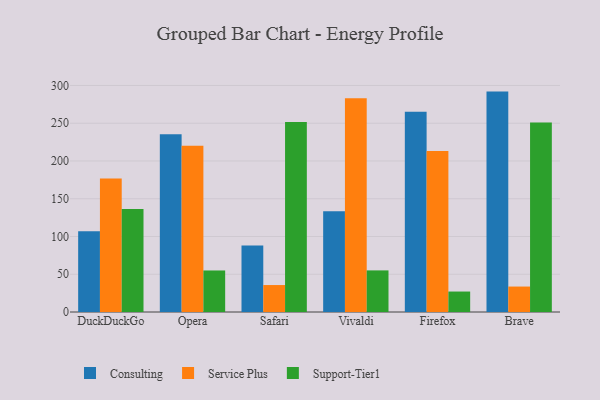
{"axis": {"x": "Browser", "y": "Conversion Rate (%)"}, "legend": ["Consulting", "Service Plus", "Support-Tier1"], "data": [{"x": "DuckDuckGo", "y": 107.0, "type": "Consulting"}, {"x": "DuckDuckGo", "y": 176.8, "type": "Service Plus"}, {"x": "DuckDuckGo", "y": 136.3, "type": "Support-Tier1"}, {"x": "Opera", "y": 235.3, "type": "Consulting"}, {"x": "Opera", "y": 220.3, "type": "Service Plus"}, {"x": "Opera", "y": 55.0, "type": "Support-Tier1"}, {"x": "Safari", "y": 88.1, "type": "Consulting"}, {"x": "Safari", "y": 35.7, "type": "Service Plus"}, {"x": "Safari", "y": 251.5, "type": "Support-Tier1"}, {"x": "Vivaldi", "y": 133.4, "type": "Consulting"}, {"x": "Vivaldi", "y": 283.1, "type": "Service Plus"}, {"x": "Vivaldi", "y": 55.1, "type": "Support-Tier1"}, {"x": "Firefox", "y": 265.3, "type": "Consulting"}, {"x": "Firefox", "y": 213.1, "type": "Service Plus"}, {"x": "Firefox", "y": 27.1, "type": "Support-Tier1"}, {"x": "Brave", "y": 291.9, "type": "Consulting"}, {"x": "Brave", "y": 33.7, "type": "Service Plus"}, {"x": "Brave", "y": 251.1, "type": "Support-Tier1"}]}